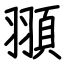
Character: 頨